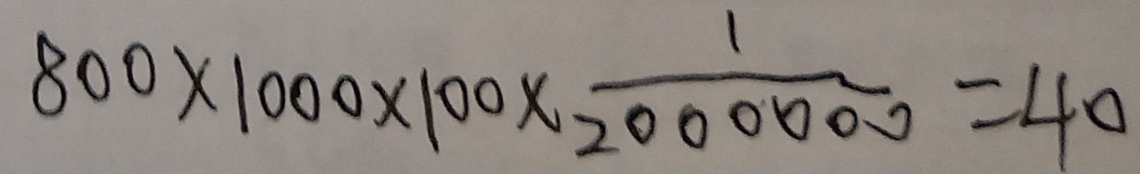
8 0 0 \times 1 0 0 0 \times 1 0 0 \times \frac { 1 } { 2 0 0 0 0 0 0 0 } = 4 0